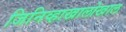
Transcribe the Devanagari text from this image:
जिनिव्हाखालोखाल